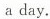
a day.